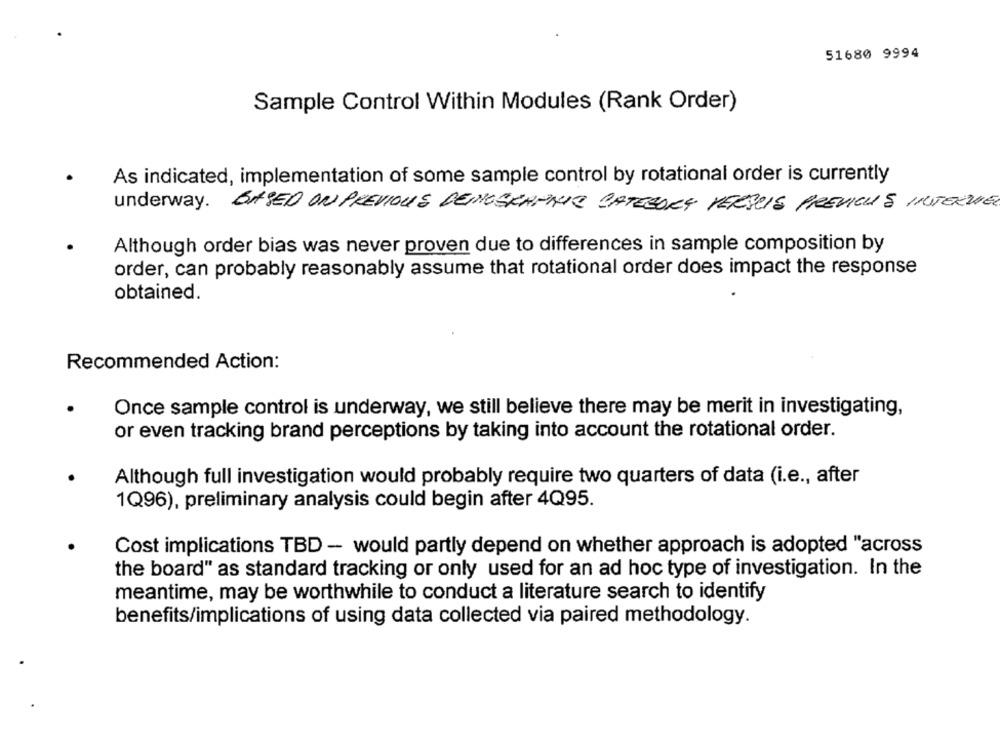
51680 9994
Sample Control Within Modules (Rank Order)
As indicated, implementation of some sample control by rotational order is currently
underway. BASED ON PREVIOUS DEIMOSKAFNIE CATEGORY VERSUS PREVIOUS INTERWEL
Although order bias was never proven due to differences in sample composition by
order, can probably reasonably assume that rotational order does impact the response
obtained.
Recommended Action:
Once sample control is underway, we still believe there may be merit in investigating,
or even tracking brand perceptions by taking into account the rotational order.
Although full investigation would probably require two quarters of data (i.e ., after
1Q96), preliminary analysis could begin after 4Q95.
Cost implications TBD - would partly depend on whether approach is adopted "across
the board" as standard tracking or only used for an ad hoc type of investigation. In the
meantime, may be worthwhile to conduct a literature search to identify
benefits/implications of using data collected via paired methodology.